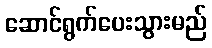
ဆောင်ရွက်ပေးသွားမည်